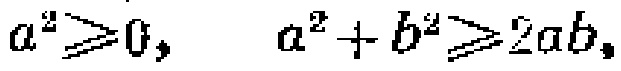
\(a^{2}\geqslant0,\ \ a^{2}+b^{2}\geqslant2ab,\)